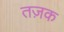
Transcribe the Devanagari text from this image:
तज़क